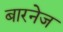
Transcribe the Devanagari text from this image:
बारनेज